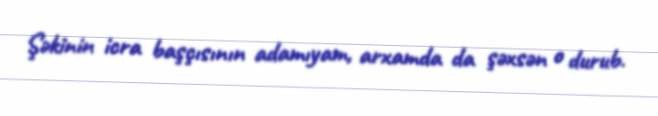
Şəkinin icra başçısının adamıyam, arxamda da şəxsən o durub.